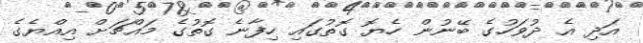
އަދި އެ ދުވަހުގެ ބޭނުން ހެޔޮ ގޮތުގައި ހިފާނެ ގޮތުގެ މައްޗަށް އިއްޔެގެ